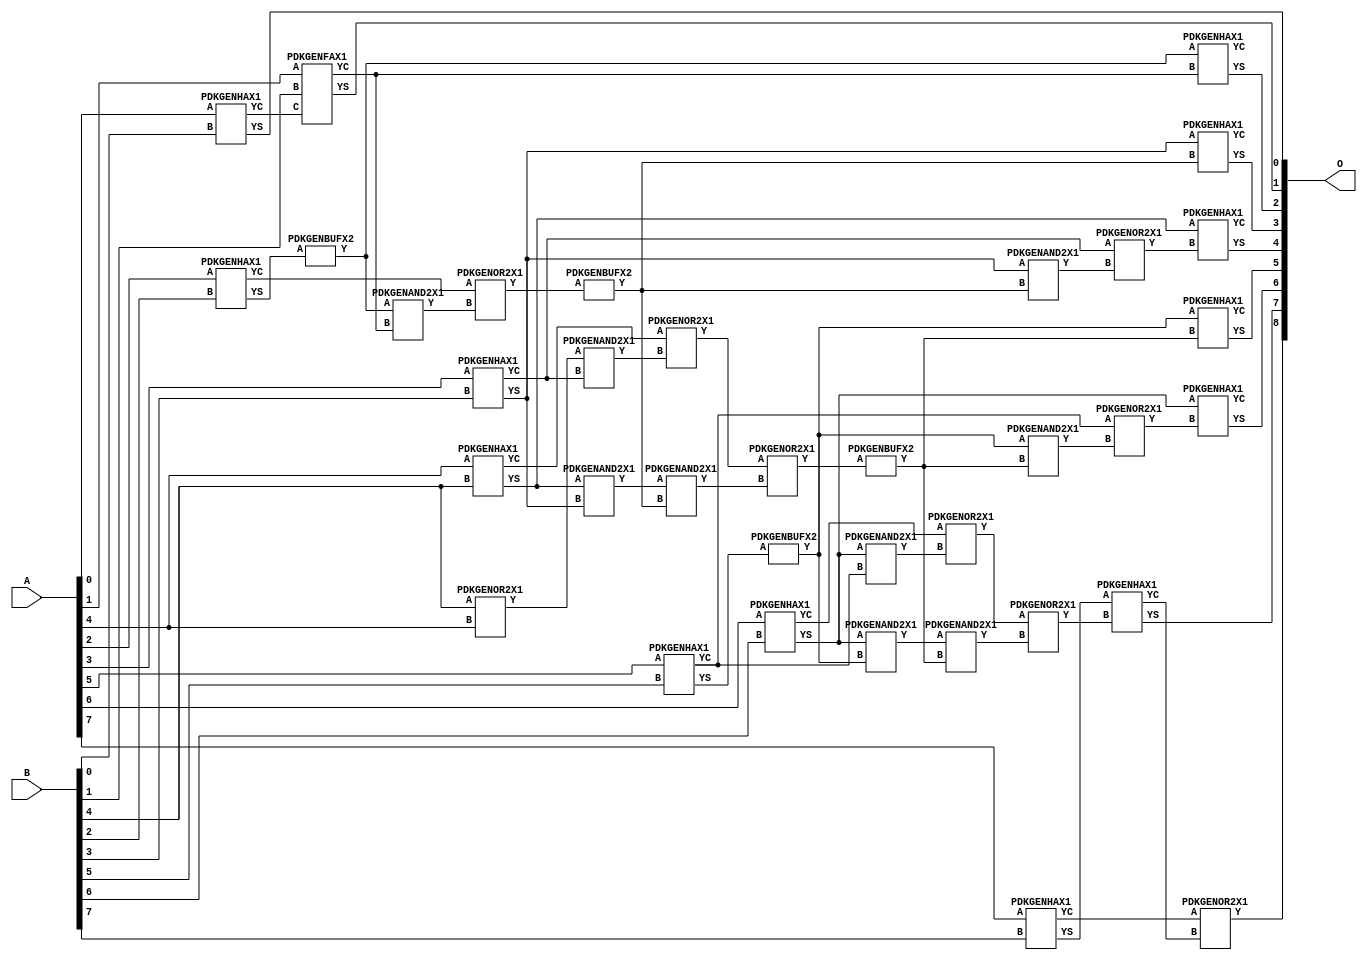
// Library = EvoApprox8b
// Circuit = add8_073
// Area   (180) = 1832
// Delay  (180) = 1.430
// Power  (180) = 659.40
// Area   (45) = 122
// Delay  (45) = 0.600
// Power  (45) = 53.41
// Nodes = 36
// HD = 0
// MAE = 0.00000
// MSE = 0.00000
// MRE = 0.00 %
// WCE = 0
// WCRE = 0 %
// EP = 0.0 %

module add8_073(A, B, O);
  input [7:0] A;
  input [7:0] B;
  output [8:0] O;
  wire [2031:0] N;

  assign N[0] = A[0];
  assign N[1] = A[0];
  assign N[2] = A[1];
  assign N[3] = A[1];
  assign N[4] = A[2];
  assign N[5] = A[2];
  assign N[6] = A[3];
  assign N[7] = A[3];
  assign N[8] = A[4];
  assign N[9] = A[4];
  assign N[10] = A[5];
  assign N[11] = A[5];
  assign N[12] = A[6];
  assign N[13] = A[6];
  assign N[14] = A[7];
  assign N[15] = A[7];
  assign N[16] = B[0];
  assign N[17] = B[0];
  assign N[18] = B[1];
  assign N[19] = B[1];
  assign N[20] = B[2];
  assign N[21] = B[2];
  assign N[22] = B[3];
  assign N[23] = B[3];
  assign N[24] = B[4];
  assign N[25] = B[4];
  assign N[26] = B[5];
  assign N[27] = B[5];
  assign N[28] = B[6];
  assign N[29] = B[6];
  assign N[30] = B[7];
  assign N[31] = B[7];

  PDKGENHAX1 n32(.A(N[0]), .B(N[16]), .YS(N[32]), .YC(N[33]));
  PDKGENFAX1 n40(.A(N[2]), .B(N[18]), .C(N[33]), .YS(N[40]), .YC(N[41]));
  PDKGENOR2X1 n46(.A(N[24]), .B(N[8]), .Y(N[46]));
  PDKGENHAX1 n50(.A(N[4]), .B(N[20]), .YS(N[50]), .YC(N[51]));
  PDKGENBUFX2 n56(.A(N[50]), .Y(N[56]));
  assign N[57] = N[56];
  PDKGENHAX1 n58(.A(N[6]), .B(N[22]), .YS(N[58]), .YC(N[59]));
  PDKGENHAX1 n68(.A(N[8]), .B(N[24]), .YS(N[68]), .YC(N[69]));
  PDKGENHAX1 n78(.A(N[10]), .B(N[26]), .YS(N[78]), .YC(N[79]));
  PDKGENHAX1 n86(.A(N[12]), .B(N[28]), .YS(N[86]), .YC(N[87]));
  PDKGENBUFX2 n90(.A(N[78]), .Y(N[90]));
  assign N[91] = N[90];
  PDKGENHAX1 n96(.A(N[14]), .B(N[30]), .YS(N[96]), .YC(N[97]));
  PDKGENAND2X1 n106(.A(N[57]), .B(N[41]), .Y(N[106]));
  assign N[107] = N[106];
  PDKGENOR2X1 n124(.A(N[51]), .B(N[107]), .Y(N[124]));
  PDKGENAND2X1 n134(.A(N[46]), .B(N[59]), .Y(N[134]));
  PDKGENAND2X1 n142(.A(N[68]), .B(N[58]), .Y(N[142]));
  assign N[143] = N[142];
  PDKGENOR2X1 n152(.A(N[69]), .B(N[134]), .Y(N[152]));
  PDKGENAND2X1 n162(.A(N[86]), .B(N[79]), .Y(N[162]));
  PDKGENAND2X1 n170(.A(N[86]), .B(N[90]), .Y(N[170]));
  assign N[171] = N[170];
  PDKGENOR2X1 n180(.A(N[87]), .B(N[162]), .Y(N[180]));
  PDKGENBUFX2 n198(.A(N[124]), .Y(N[198]));
  assign N[199] = N[198];
  PDKGENAND2X1 n208(.A(N[143]), .B(N[198]), .Y(N[208]));
  PDKGENOR2X1 n226(.A(N[152]), .B(N[208]), .Y(N[226]));
  assign N[227] = N[226];
  PDKGENBUFX2 n272(.A(N[227]), .Y(N[272]));
  assign N[273] = N[272];
  PDKGENAND2X1 n282(.A(N[171]), .B(N[273]), .Y(N[282]));
  PDKGENOR2X1 n292(.A(N[180]), .B(N[282]), .Y(N[292]));
  assign N[293] = N[292];
  PDKGENAND2X1 n320(.A(N[58]), .B(N[199]), .Y(N[320]));
  PDKGENOR2X1 n328(.A(N[59]), .B(N[320]), .Y(N[328]));
  PDKGENAND2X1 n338(.A(N[91]), .B(N[272]), .Y(N[338]));
  PDKGENOR2X1 n348(.A(N[79]), .B(N[338]), .Y(N[348]));
  assign N[349] = N[348];
  PDKGENHAX1 n366(.A(N[57]), .B(N[41]), .YS(N[366]), .YC(N[367]));
  PDKGENHAX1 n376(.A(N[58]), .B(N[199]), .YS(N[376]), .YC(N[377]));
  PDKGENHAX1 n384(.A(N[68]), .B(N[328]), .YS(N[384]), .YC(N[385]));
  PDKGENHAX1 n394(.A(N[91]), .B(N[272]), .YS(N[394]), .YC(N[395]));
  PDKGENHAX1 n404(.A(N[86]), .B(N[349]), .YS(N[404]), .YC(N[405]));
  PDKGENHAX1 n412(.A(N[96]), .B(N[293]), .YS(N[412]), .YC(N[413]));
  PDKGENOR2X1 n422(.A(N[97]), .B(N[413]), .Y(N[422]));

  assign O[0] = N[32];
  assign O[1] = N[40];
  assign O[2] = N[366];
  assign O[3] = N[376];
  assign O[4] = N[384];
  assign O[5] = N[394];
  assign O[6] = N[404];
  assign O[7] = N[412];
  assign O[8] = N[422];

endmodule
/* mod */
module PDKGENAND2X1(input A, input B, output Y );
     assign Y = A & B;
endmodule
/* mod */
module PDKGENOR2X1(input A, input B, output Y );
     assign Y = A | B;
endmodule
/* mod */
module PDKGENHAX1( input A, input B, output YS, output YC );
    assign YS = A ^ B;
    assign YC = A & B;
endmodule
/* mod */
module PDKGENFAX1( input A, input B, input C, output YS, output YC );
    assign YS = (A ^ B) ^ C;
    assign YC = (A & B) | (B & C) | (A & C);
endmodule
/* mod */
module PDKGENBUFX2(input A, output Y );
     assign Y = A;
endmodule